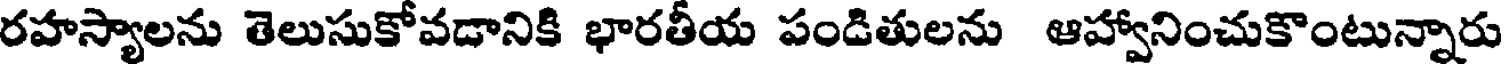
రహస్యాలను తెలుసుకోవడానికి భారతీయ పండితులను ఆహ్వానించుకొంటున్నారు